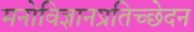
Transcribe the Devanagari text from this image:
मनोविज्ञानप्रतिच्छेदन